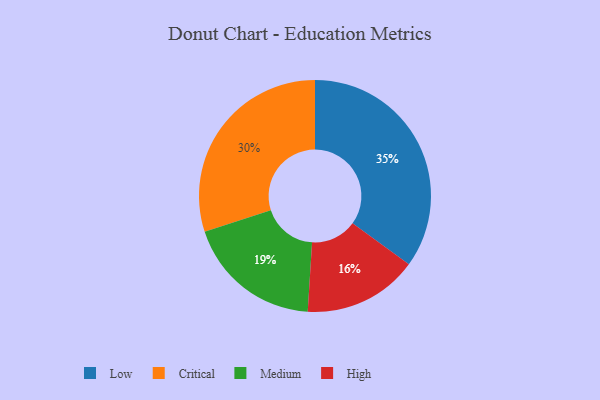
{"axis": {"x": "Category", "y": "Percentage"}, "legend": ["Critical", "High", "Low", "Medium"], "data": [{"x": "High", "y": 16, "type": "High"}, {"x": "Low", "y": 35, "type": "Low"}, {"x": "Medium", "y": 19, "type": "Medium"}, {"x": "Critical", "y": 30, "type": "Critical"}]}